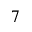
7